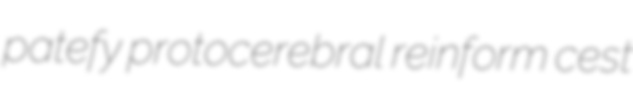
patefy protocerebral reinform cest